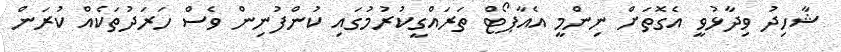
ޝާހިދު ވިދާޅުވީ އެގޮތަށް ނިންމީ އެއާޕޯޓް ތަރައްގީކުރުމުގައި ކުންފުނިން ވެސް ހަރަދުތަކެއް ކުރަން